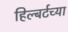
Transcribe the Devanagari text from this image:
हिल्बर्टच्या